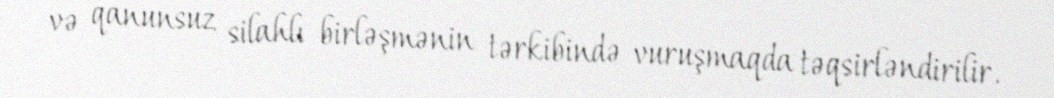
və qanunsuz silahlı birləşmənin tərkibində vuruşmaqda təqsirləndirilir.